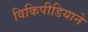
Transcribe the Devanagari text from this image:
विकिपीडियाने